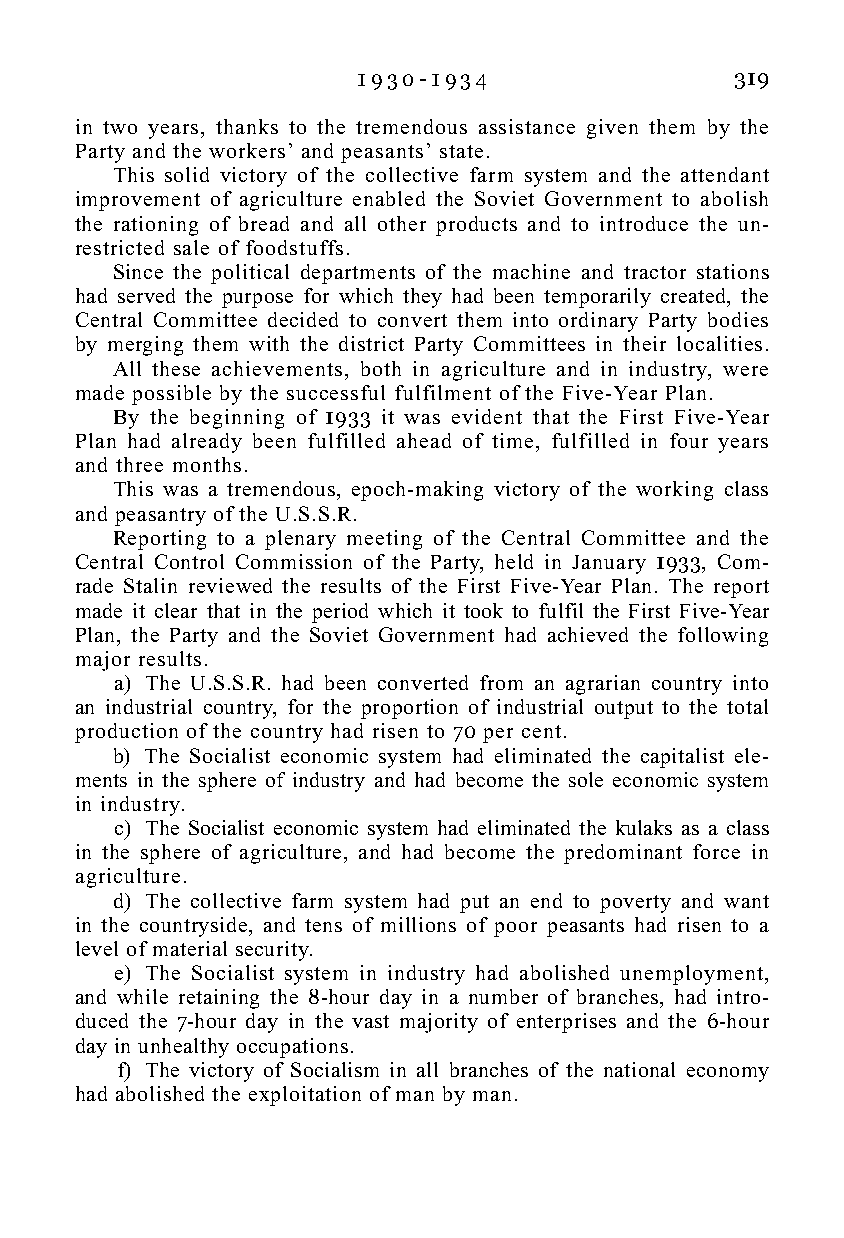
1 9 3 0 - 1 9 3 4        319
 in two years, thanks to the tremendous assistance given them by the
 Party and the workers’ and peasants’ state.
 This solid victory of the collective farm system and the attendant
 improvement of agriculture enabled the Soviet Government to abolish
 the rationing of bread and all other products and to introduce the un-
 restricted sale of foodstuffs.
 Since the political departments of the machine and tractor stations
 had served the purpose for which they had been temporarily created, the
 Central Committee decided to convert them into ordinary Party bodies
 by merging them with the district Party Committees in their localities.
 All these achievements, both in agriculture and in industry, were
 made possible by the successful fulfilment of the Five-Year Plan.
 By the beginning of 1933 it was evident that the First Five-Year
 Plan had already been fulfilled ahead of time, fulfilled in four years
 and three months.
 This was a tremendous, epoch-making victory of the working class
 and peasantry of the U.S.S.R.
 Reporting to a plenary meeting of the Central Committee and the
 Central Control Commission of the Party, held in January 1933, Com-
 rade Stalin reviewed the results of the First Five-Year Plan. The report
 made it clear that in the period which it took to fulfil the First Five-Year
 Plan, the Party and the Soviet Government had achieved the following
 major results.
 a) The U.S.S.R. had been converted from an agrarian country into
 an industrial country, for the proportion of industrial output to the total
 production of the country had risen to 70 per cent.
 b) The Socialist economic system had eliminated the capitalist ele-
 ments in the sphere of industry and had become the sole economic system
 in industry.
 c) The Socialist economic system had eliminated the kulaks as a class
 in the sphere of agriculture, and had become the predominant force in
 agriculture.
 d) The collective farm system had put an end to poverty and want
 in the countryside, and tens of millions of poor peasants had risen to a
 level of material security.
 e) The Socialist system in industry had abolished unemployment,
 and while retaining the 8-hour day in a number of branches, had intro-
 duced the 7-hour day in the vast majority of enterprises and the 6-hour
 day in unhealthy occupations.
 f) The victory of Socialism in all branches of the national economy
 had abolished the exploitation of man by man.